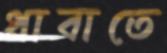
ধাবাতে